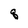
Character: 8